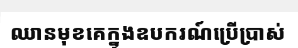
ឈានមុខគេក្នុងឧបករណ៍ប្រើប្រាស់